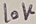
Text: 10K